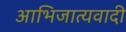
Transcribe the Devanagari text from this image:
आभिजात्यवादी